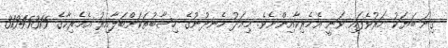
ގިނަ ބަޔަކު މަރުވެފައި ވަނީ އެމެރިކާއިންނެވެ. މިއަދު ހެނދުނުގެ ހިސާބުތަކަށްބަލާއިރު އެމެރިކާގެ 31345315